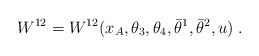
\begin{align*} W^{12} = W^{12}(x_A,\theta_{3},\theta_{4}, \bar\theta^1,\bar\theta^2, u)\;.\end{align*}